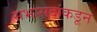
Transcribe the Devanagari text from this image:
सभासदांकडून